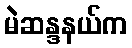
မဲဆန္ဒနယ်က